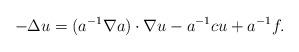
LaTeX: \begin{align*}-\Delta u=(a^{-1}\nabla a)\cdot \nabla u-a^{-1}cu+a^{-1}f. \end{align*}